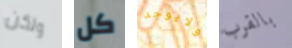
ولكن كل ولايوجد بالقرب